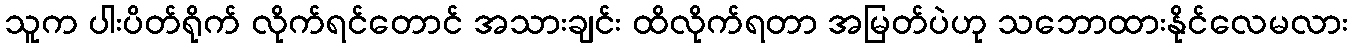
သူက ပါးပိတ်ရိုက် လိုက်ရင်တောင် အသားချင်း ထိလိုက်ရတာ အမြတ်ပဲဟု သဘောထားနိုင်လေမလား